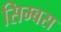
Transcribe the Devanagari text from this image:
सिम्बस